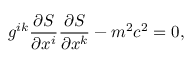
g ^ { i k } \frac { \partial S } { \partial x ^ { i } } \frac { \partial S } { \partial x ^ { k } } - m ^ { 2 } c ^ { 2 } = 0 ,